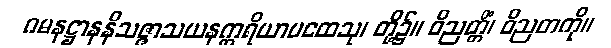
ဂမနဋ္ဌာနနိသဇ္ဇာသယနဣရိယာပထေသု၊ တို့၌။ ဝိညတ္တိံ၊ ဝိညတကို။